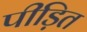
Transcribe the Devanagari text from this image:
पीड़ित